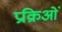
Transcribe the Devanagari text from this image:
प्रक्रिओं